Indian journal of veterinary science and animal husbandry - Volume 11,
Year: 1941
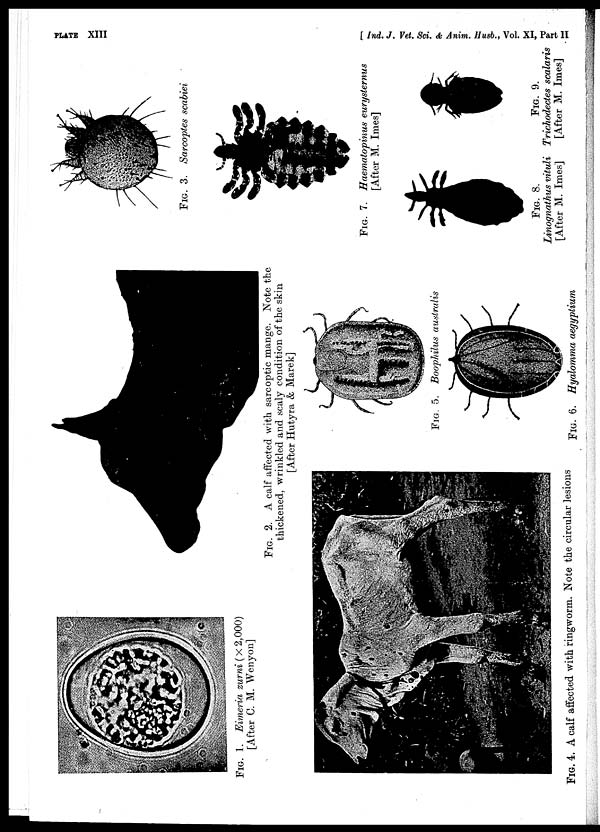
PLATE XIII
[ Ind. J. Vet. Sci. & Anim. Husb., Vol. XI, Part II
FIG. 1. Eimeria zurni (× 2,000)
[After C. M. Wenyon]
FIG. 2. A calf affected with, sarcoptic mange. Note the
thickened, wrinkled and scaly condition of the skin
[After Hutyra & Marek]
FIG. 3. Sarcoptes scabiei
FIG. 4. A calf affected with ringworm. Note the circular lesions
FIG. 5. Boophilus
australis
FIG. 6. Hyalomma
aegyptium
FIG. 7. Haematopinus
eurysternus
[After M. Imes]
FIG. 8.
Linognathus
vituli
[After M. Imes]
FIG. 9.
Trichodectes scalaris
[After M. Imes]